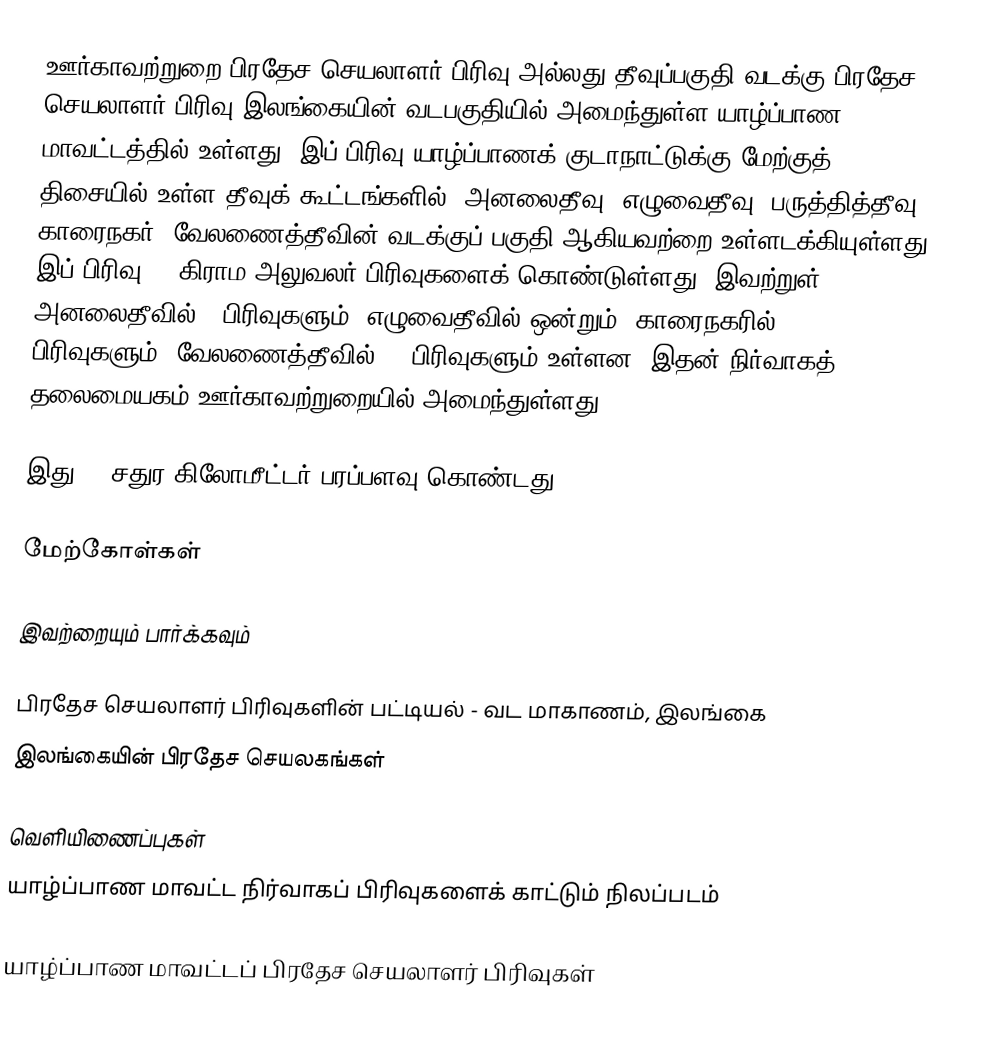
ஊர்காவற்றுறை பிரதேச செயலாளர் பிரிவு அல்லது தீவுப்பகுதி வடக்கு பிரதேச செயலாளர் பிரிவு இலங்கையின் வடபகுதியில் அமைந்துள்ள யாழ்ப்பாண மாவட்டத்தில் உள்ளது. இப் பிரிவு யாழ்ப்பாணக் குடாநாட்டுக்கு மேற்குத் திசையில் உள்ள தீவுக் கூட்டங்களில், அனலைதீவு, எழுவைதீவு, பருத்தித்தீவு, காரைநகர், வேலணைத்தீவின் வடக்குப் பகுதி ஆகியவற்றை உள்ளடக்கியுள்ளது. இப் பிரிவு 24 கிராம அலுவலர் பிரிவுகளைக் கொண்டுள்ளது. இவற்றுள் அனலைதீவில் 2 பிரிவுகளும், எழுவைதீவில் ஒன்றும், காரைநகரில் 9 பிரிவுகளும், வேலணைத்தீவில் 12 பிரிவுகளும் உள்ளன. இதன் நிர்வாகத் தலைமையகம் ஊர்காவற்றுறையில் அமைந்துள்ளது.

இது 30 சதுர கிலோமீட்டர் பரப்பளவு கொண்டது.

மேற்கோள்கள்

இவற்றையும் பார்க்கவும்

 பிரதேச செயலாளர் பிரிவுகளின் பட்டியல் - வட மாகாணம், இலங்கை
 இலங்கையின் பிரதேச செயலகங்கள்

வெளியிணைப்புகள்
 யாழ்ப்பாண மாவட்ட நிர்வாகப் பிரிவுகளைக் காட்டும் நிலப்படம்

யாழ்ப்பாண மாவட்டப் பிரதேச செயலாளர் பிரிவுகள்